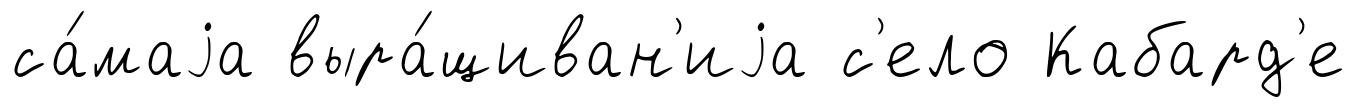
са́маjа выра́щиван'иjа с'ело Кабард'е